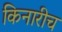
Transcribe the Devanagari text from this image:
किनारीच